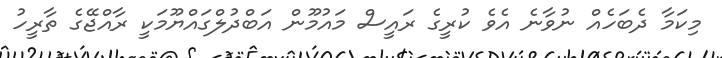
މިކަމާ ދެބަހެއް ނުވާނެ އެވެ ކުރީގެ ރައީސް މައުމޫން އަބްދުލްގައްޔޫމަކީ ރާއްޖޭގެ ތާރީހު